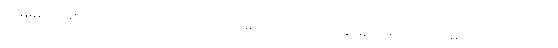
အမြဲမရှိဟုဖြစ်သော အမှတ်လည်းကောင်း။ မရဏသညာ၊ သေခြင်း၌ုဖြစ်သော အမှတ်လည်းကောင်း။